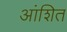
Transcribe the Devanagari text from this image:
आंशित